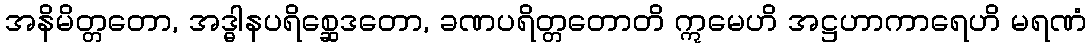
အနိမိတ္တတော, အဒ္ဓါနပရိစ္ဆေဒတော, ခဏပရိတ္တတောတိ ဣမေဟိ အဋ္ဌဟာကာရေဟိ မရဏံ